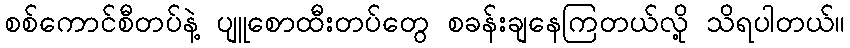
စစ်ကောင်စီတပ်နဲ့ ပျူစောထီးတပ်တွေ စခန်းချနေကြတယ်လို့ သိရပါတယ်။